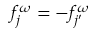
f _ { j } ^ { \omega } = - f _ { j { ' } } ^ { \omega }